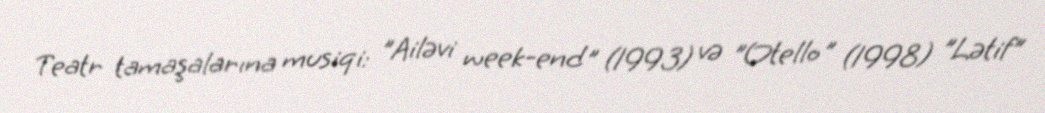
Teatr tamaşalarına musiqi: "Ailəvi week-end" (1993) və "Otello" (1998) "Lətif"